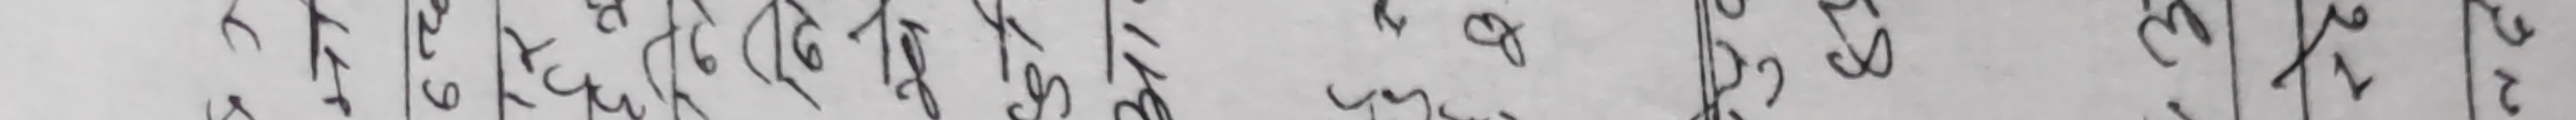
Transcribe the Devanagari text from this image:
रुरुरर रुरु रुरुुरु